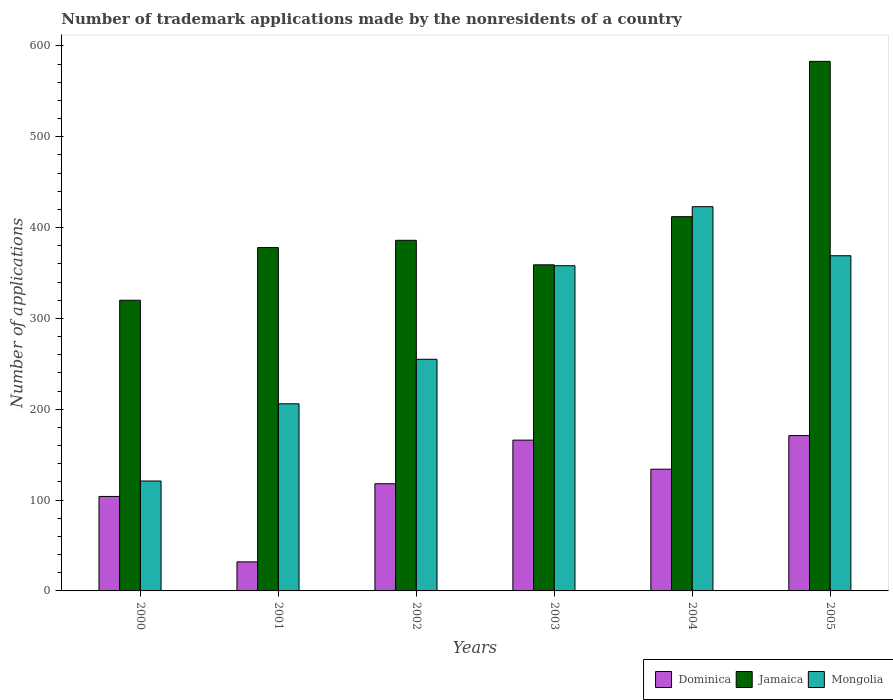
| Years | Dominica | Jamaica | Mongolia |
 | --- | --- | --- | --- |
 | 2000 | 104 | 320 | 121 |
 | 2001 | 32 | 378 | 206 |
 | 2002 | 118 | 386 | 255 |
 | 2003 | 166 | 359 | 358 |
 | 2004 | 134 | 412 | 423 |
 | 2005 | 171 | 583 | 369 |